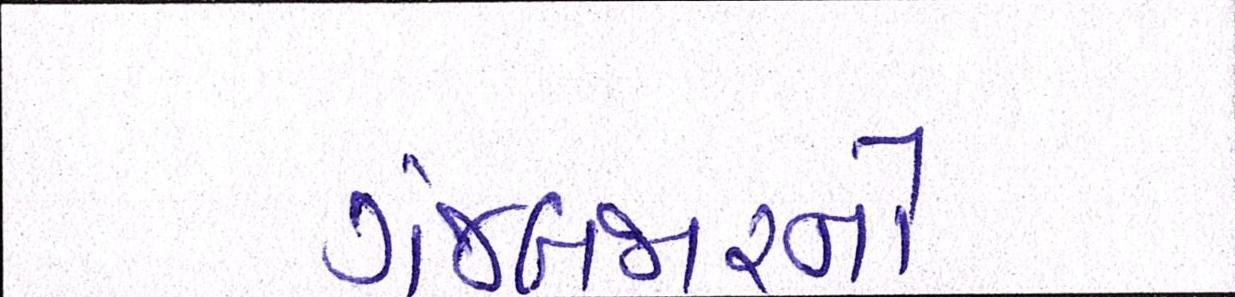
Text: ગંજબજારનો